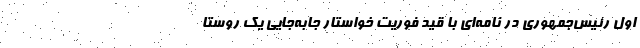
اول رئیس‌جمهوری در نامه‌ای با قید فوریت خواستار جا‌به‌جایی یک روستا